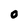
Character: 0